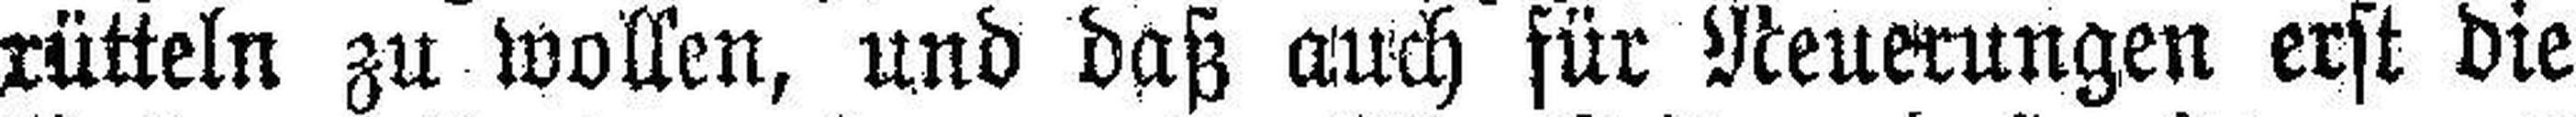
rütteln zu wollen, und daß auch für Neuerungen erst die